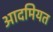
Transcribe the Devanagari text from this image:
आदमियत